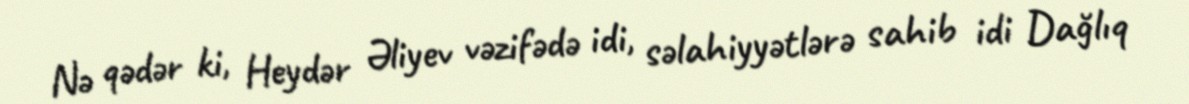
Nə qədər ki, Heydər Əliyev vəzifədə idi, səlahiyyətlərə sahib idi Dağlıq